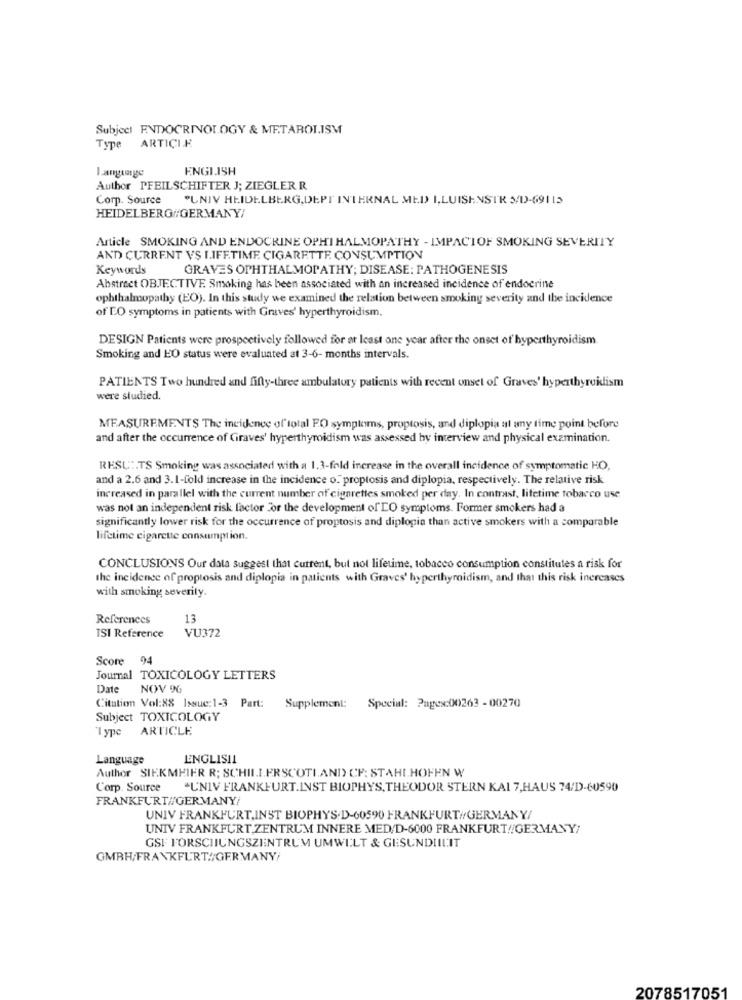
Subject ENDOCRINOLOGY & METABOLISM
Type ARTICIF
ENGLISH
Author PFEILSCHIFTER J; ZIEGLER R
Corp. Source "UNIV HEIDELBERG,DEPT INTERNAL MED I,LUISENSTR S/D-69115
HEIDELBERG//GERMANY/
Article SMOKING AND ENDOCRINE OPHI HALMOPATHY - IMPACTOF SMOKING SEVERITY
AND CURRENT VS I.IFF.TIME. CIGARETTE. CONSUMPTION
Keywords
GRAVES OPHTHALMOPATHY; DISEASE: PATHOGENESIS
Abstract OBJECTIVE Smoking has been associated with an increased incidence of endocrine
ophthalmopathy (EO). In this study we examined the relation between smoking severity and the incidence
of EO symptoms in patients with Graves' hyperthyroidism.
DESIGN Patients were prospectively followed for at least one year after the onset of hyperthyroidism
Smoking and HO status were evaluated at 3-6- months intervals.
PATIENTS Two hundred and fifty-three ambulatory patients with recent onset of Graves' hyperthyroidism
were studied.
MEASUREMENTS The incidence of total F.O symptoms, proptosis, and diplopia at any time point before
and after the occurrence of Graves' hyperthyroidism was assessed by interview and physical examination.
RESU :. TS Smoking was associated with a 1.3-fold increase in the overall incidence of symptomatic HO,
and a 2.6 and 3.1-fold increase in the incidence o." proptosis and diplopia, respectively. The relative risk
increased in parallel with the current number of cigarettes smoked per day. In contrast, lifetime tobacco use
was not an independent risk factor "or the development of LO symptoms. Former smokers had a
significantly lower risk for the occurrence of proptosis and diplopia than active smokers with a comparable
lifetime cigarette consumption.
CONCLUSIONS Our data Suggest that current, but not lifetime, tobacco consumption constitutes a risk for
the incidence of proptosis and diplopia in patients with Graves' hyperthyroidism, and that this risk increases
with smoking severity.
References
13
VU372
TSI Reference
Score 94
Journal TOXICOLOGY LETTERS
Date
NOV 0
Citation Vol:88 Issue:1-3 Part:
Supplement: Special: Pages:00263 - 00270
Subject TOXICOLOGY
Type ARTICLE
Language
ENGLISIL
Author SIEKMEIER R; SCHILLERSCOTI.AND) CF: STAHL.HOFEN W
Corp. Source "UNIV FRANKFURT.INST BIOPHYS, THEODOR STERN KAI 7,HAUS 74/D-60590
FRANKFURT//GERMANY/
UNIV FRANKFURT,INST BIOPHYS.D-60590 FRANKFURT//GERMANY/
UNIV FRANKFURT,ZENTRUM INNERE MED/D-6000 FRANKFURT//GERMANY/
GSF FORSCHUNGSZENTRUM UMWELT & GESUNDIILIT
GMBH/FRANKFURT/GERMANY/
2078517051